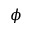
\phi